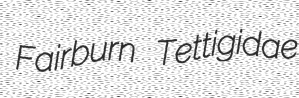
Fairburn Tettigidae